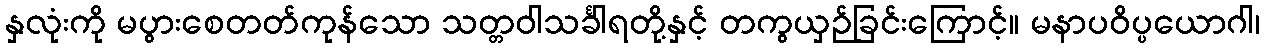
နှလုံးကို မပွားစေတတ်ကုန်သော သတ္တဝါသင်္ခါရတို့နှင့် တကွယှဉ်ခြင်းကြောင့်။ မနာပဝိပ္ပယောဂါ၊